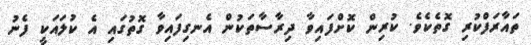
ތައާރަފްކުރި ގޮތެކެވެ. ކުރިން ކޮށްފައިވާ ދިރާސާތަކުން އެނގިފައިވާ ގޮތުގައި އެ ކުލައަކީ ފެނު